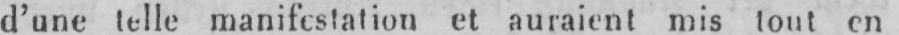
d’une telle manifestation et auraient mis tout en